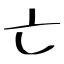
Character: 亡